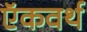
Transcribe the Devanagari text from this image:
ऍकवर्थ